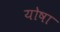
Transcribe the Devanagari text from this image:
योषा